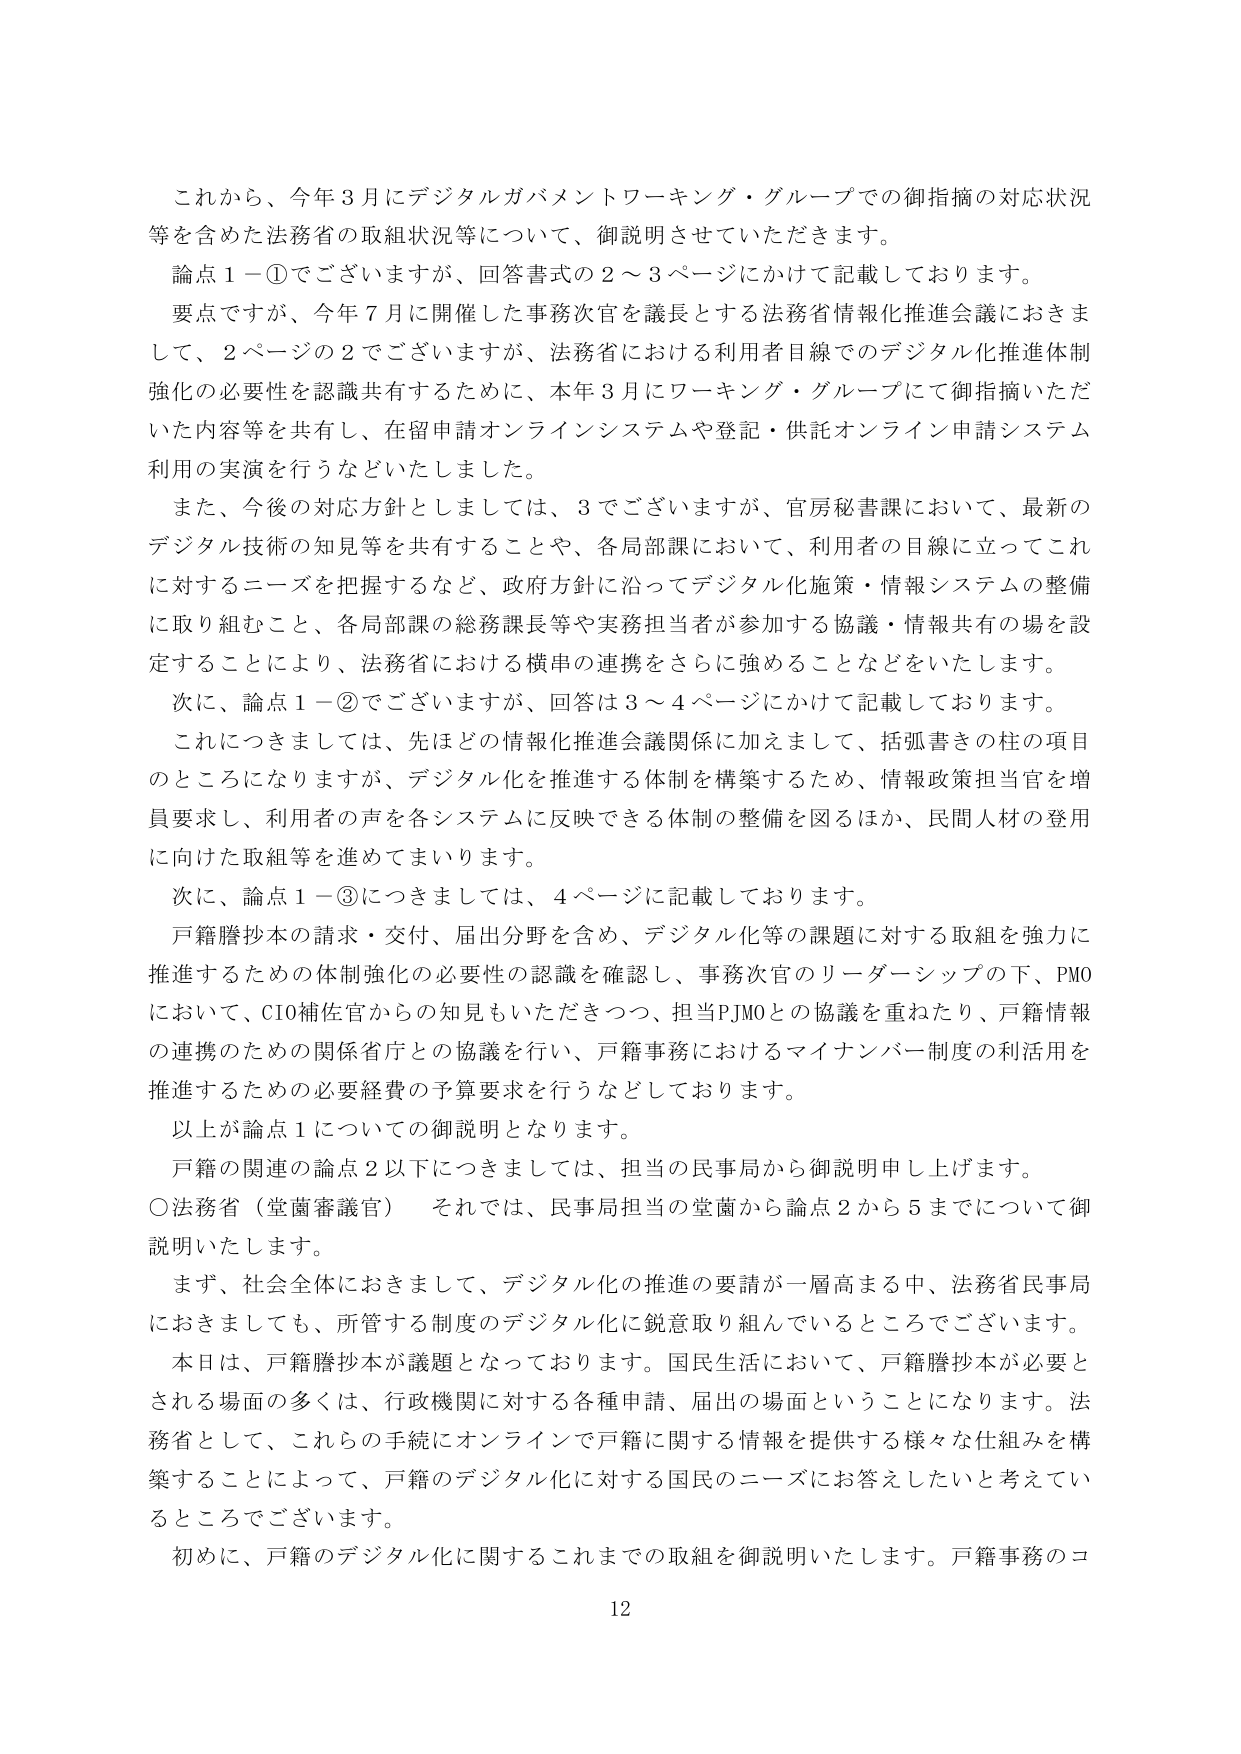
これから、今年３月にデジタルガバメントワーキング・グループでの御指摘の対応状況等を含めた法務省の取組状況等について、御説明させていただきます。

論点１－①でございますが、回答書式の２～３ページにかけて記載しております。

要点ですが、今年７月に開催した事務次官を議長とする法務省情報化推進会議におきまして、２ページの２でございますが、法務省における利用者目線でのデジタル化推進体制強化の必要性を認識共有するために、本年３月にワーキング・グループにて御指摘いただいた内容等を共有し、在留申請オンラインシステムや登記・供託オンライン申請システム利用の実演を行うなどいたしました。

また、今後の対応方針としましては、３でございますが、官房秘書課において、最新のデジタル技術の知見等を共有することや、各局部課において、利用者の目線に立ってこれに対するニーズを把握するなど、政府方針に沿ってデジタル化施策・情報システムの整備に取り組むこと、各局部課の総務課長等や実務担当者が参加する協議・情報共有の場を設定することにより、法務省における横串の連携をさらに強めることなどをいたします。

次に、論点１－②でございますが、回答は３～４ページにかけて記載しております。

これにつきましては、先ほどの情報化推進会議関係に加えまして、括弧書きの柱の項目のところになりますが、デジタル化を推進する体制を構築するため、情報政策担当官を増員要求し、利用者の声を各システムに反映できる体制の整備を図るほか、民間人材の登用に向けた取組等を進めてまいります。

次に、論点１－③につきましては、４ページに記載しております。

戸籍謄抄本の請求・交付、届出分野を含め、デジタル化等の課題に対する取組を強力に推進するための体制強化の必要性の認識を確認し、事務次官のリーダーシップの下、PMOにおいて、CIO補佐官からの知見もいただきつつ、担当PJMOとの協議を重ねたり、戸籍情報の連携のための関係省庁との協議を行い、戸籍事務におけるマイナンバー制度の利活用を推進するための必要経費の予算要求を行うなどしております。

以上が論点１についての御説明となります。

戸籍の関連の論点２以下につきましては、担当の民事局から御説明申し上げます。

○法務省（堂薗審議官）　それでは、民事局担当の堂薗から論点２から５までについて御説明いたします。

まず、社会全体におきまして、デジタル化の推進の要請が一層高まる中、法務省民事局におきましても、所管する制度のデジタル化に鋭意取り組んでいるところでございます。

本日は、戸籍謄抄本が議題となっております。国民生活において、戸籍謄抄本が必要とされる場面の多くは、行政機関に対する各種申請、届出の場面ということになります。法務省として、これらの手続にオンラインで戸籍に関する情報を提供する様々な仕組みを構築することによって、戸籍のデジタル化に対する国民のニーズにお答えしたいと考えているところでございます。

初めに、戸籍のデジタル化に関するこれまでの取組を御説明いたします。戸籍事務のコ

12